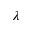
\lambda